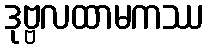
ဒုဗ္ဗလထာမကဿ